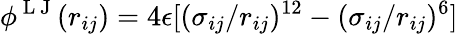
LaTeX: \phi^{\mathrm{~L~J~}}(r_{ij})=4\epsilon[(\sigma_{ij}/r_{ij})^{12}-(\sigma_{ij}/r_{ij})^{6}]